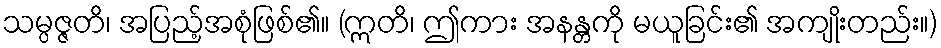
သမ္ပဇ္ဇတိ၊ အပြည့်အစုံဖြစ်၏။ (ဣတိ၊ ဤကား အနန္တကို မယူခြင်း၏ အကျိုးတည်း။)